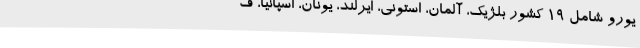
یورو شامل 19 کشور بلژیک، آلمان، استونی، ایرلند، یونان، اسپانیا، ف